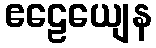
ဧဠေယျေန